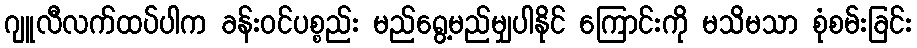
ဂျူလီလက်ထပ်ပါက ခန်းဝင်ပစ္စည်း မည်ရွေ့မည်မျှပါနိုင် ကြောင်းကို မသိမသာ စုံစမ်းခြင်း